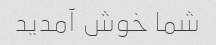
شما خوش آمدید